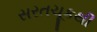
સરતચૂકથી